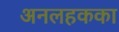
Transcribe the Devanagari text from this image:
अनलहकका